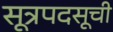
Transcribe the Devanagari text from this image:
सूत्रपदसूची